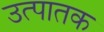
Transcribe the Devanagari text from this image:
उत्पातक